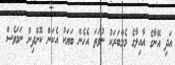
އަދި އޭނާގެ އާއިލާގެ މެމްބަރަކު ނުވަތަ އެހެން ބަޔަކު އެކަން ކޮށްދިން ނަމަވެސް